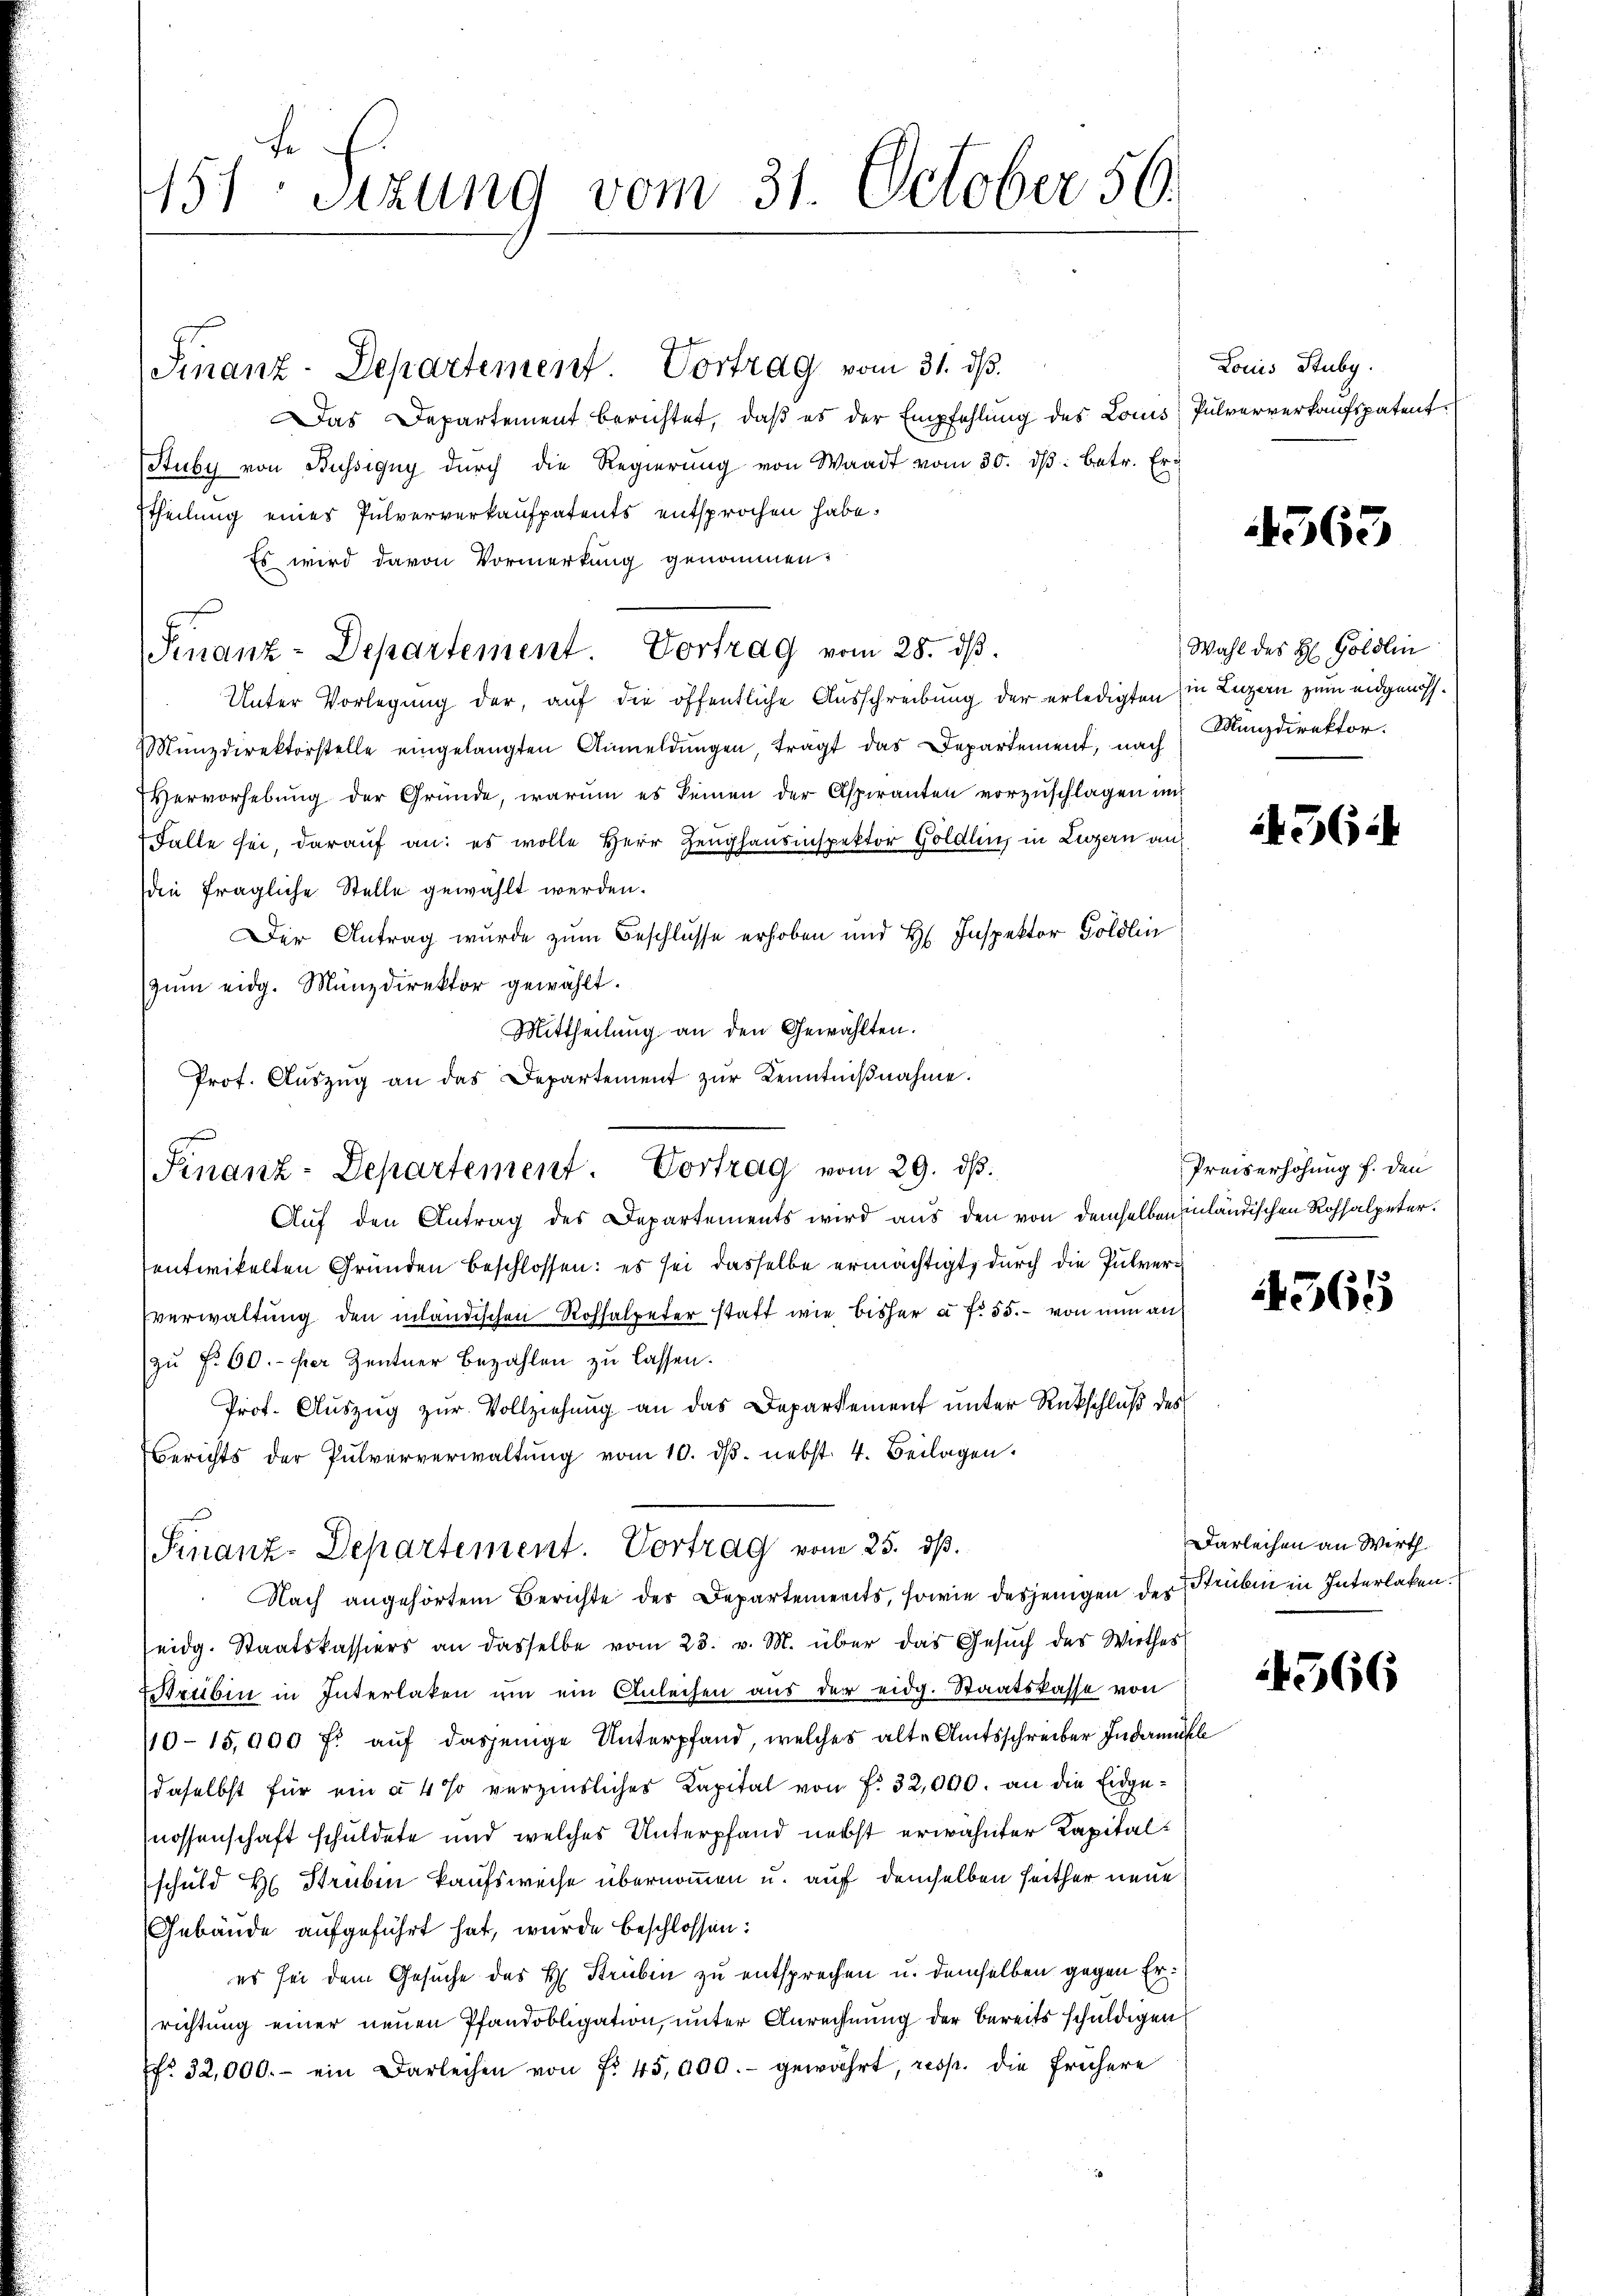
451 Sizung vom 31. October 56.

Finanz-Departement. Vortrag vom 31. ds.
Das Departement berichtet, daβ es der Empfehlŭng des Louis Pulververkaufspatent
Stuby von Büssigny durch die Regierŭng von Waadt vom 30. dβ: betr. Er¬
Ttheilung eines Pulververkaufpatents entsprochen habe.
Es wird davon Vormerkung genommen:
Unter Vorlegung der, auf die öffentliche Ausschreibung der erledigten in Luzern zum eidgenöss¬
Münzdirektorstelle eingelangten Anmeldungen, tragt das Departement, nach
Vervorhebung der Gründe, warum es keinen der Aspiranten vorzuschlagen im
Falle sei, darauf an: es wolle Herr Zeughausinspektor Göldlin, in Legern an
die fragliche Stelle gewählt werden.
Der Antrag wurde zum Beschlüsse erhoben und H. Inspektor Goldlin
zum eidg. Münzdirektor gewählt.
Mittheilung an den Gewählten.
Prof. Aŭszŭg an das Departement zŭr Kenntniβnahme.
Auf den Antrag des Departements wird aus den von demselben inländischen Rohhalpeter.
entwickelten Gründen beschlossen: es sei dasselbe ermächtigt, durch die Pulververwaltung den inländischen Rohsalpeter statt wie bisher à f. 55. - von nun an
zu f. 60.- per Zentner Bezahlen zu lassen.
Prof. Auszug zur Vollziehung an das Departement unter Rückschluß des
Berichts der Pulververwaltŭng vom 10. dβ. nebst 4. Beilagen.
Finanz-Departement. Vortrag vom 25. dß.
Nach angehörtem Berichte des Departements, sowie desjenigen der Struben in Interlaken.
seidg. Staatskassiers an dasselbe vom 23. v. M. über das Gesŭch des Wirthes
Streiben in Interlaken um ein Anleihen aus der eidg. Staatskasse von
10-15,000 f: auf dasjenige Unterpfand, welches alte Amtsschreiber Indermahl
daselbst für ein à 4% verzinsliches Kapital von f. 32,000. an die Eidgenossenschaft schuldete und welches Unterpfand nebst erwähnter Kapitalschuld H. Struben kaufsweise übernommen u. auf demselben seither neue
Gebäude aufgeführt hat, wurde beschlossen:
es sei dem Gesuche des H. Strieben zu entsprechen u. demselben gegen Errichtung einer neuen Pfandobligation, unter Anrechnung der bereits schuldigen
fr. 32,000.- ein Darleihen von fr. 45,000.- gewährt, resp. die frühere

u

Finanz-Departement. Vortrag vom 28. ds.

Finanz-Departement. Vortrag vom 29. ds.

Louis Stuby.

4563

Wahl des H. Göldlin
Manzdirektor.

1456

Preiserhöhung f. den

565

Darleihen an Wirth

566